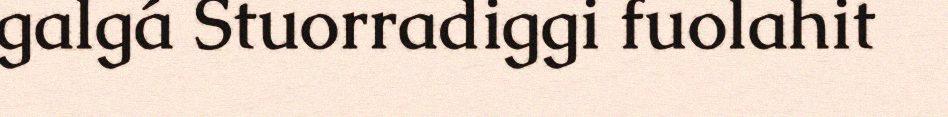
galgá Stuorradiggi fuolahit